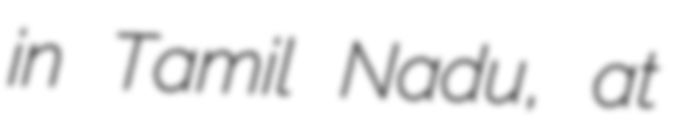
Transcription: in Tamil Nadu, at